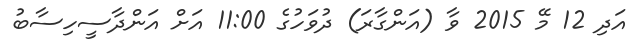
އަދި 12 މޭ 2015 ވާ (އަންގާރަ) ދުވަހުގެ 11:00 އަށް އަންދާސީހިސާބު